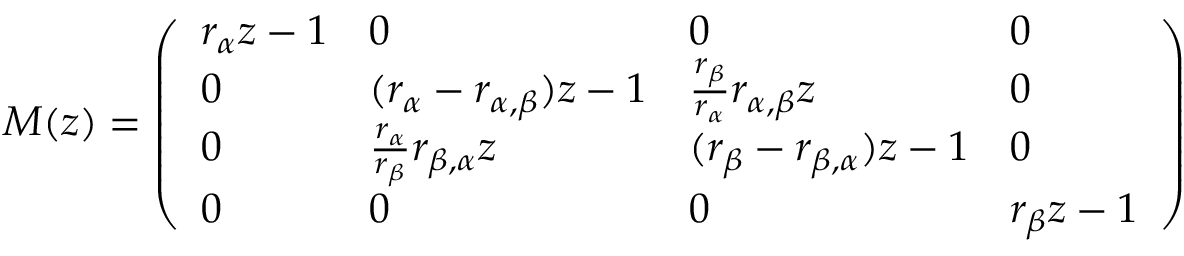
M ( z ) = \left( \begin{array} { l l l l } { r _ { \alpha } z - 1 } & { 0 } & { 0 } & { 0 } \\ { 0 } & { ( r _ { \alpha } - r _ { \alpha , \beta } ) z - 1 } & { \frac { r _ { \beta } } { r _ { \alpha } } r _ { \alpha , \beta } z } & { 0 } \\ { 0 } & { \frac { r _ { \alpha } } { r _ { \beta } } r _ { \beta , \alpha } z } & { ( r _ { \beta } - r _ { \beta , \alpha } ) z - 1 } & { 0 } \\ { 0 } & { 0 } & { 0 } & { r _ { \beta } z - 1 } \end{array} \right)